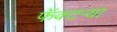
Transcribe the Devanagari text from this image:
फॅक्टऱ्या